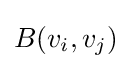
B(v_{i},v_{j})